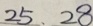
2 5 . 2 8